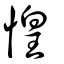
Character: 惶